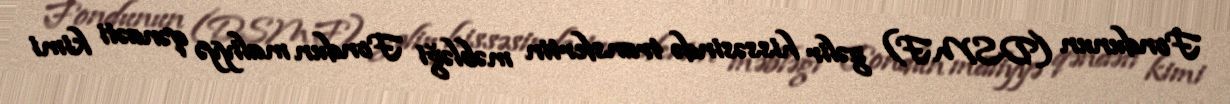
Fondunun (DSMF) gəlir hissəsində transfertin məbləği Fondun maliyyə qənaəti kimi